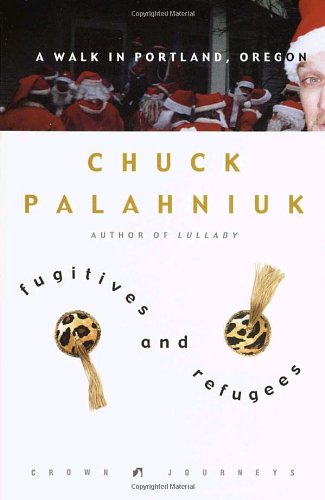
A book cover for Fugitives and Refugees: A Walk in Portland, Oregon (Crown Journeys); Chuck Palahniuk; Travel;